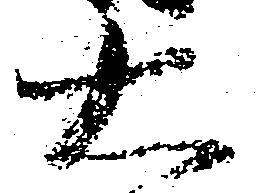
右